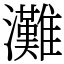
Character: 灘